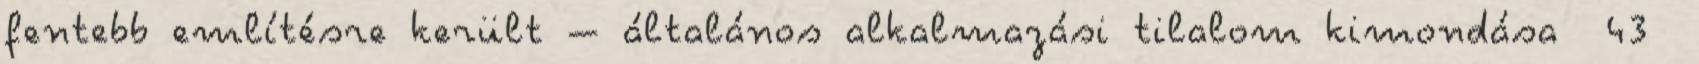
fentebb említésre került – általános alkalmazási tilalom kimondása 43